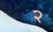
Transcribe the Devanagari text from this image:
२